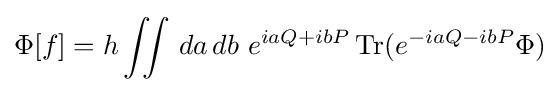
\Phi [f]=h\iint \,da\,db~e^{iaQ+ibP}\operatorname {Tr} (e^{-iaQ-ibP}\Phi )